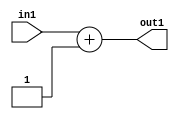
`timescale 1ps / 1ps
/*****************************************************************************
    Verilog RTL Description
    
    
    Created by: Stratus DpOpt 21.05.01 
*******************************************************************************/

module SobelFilter_Add_2U_1_4 (
	in1,
	out1
	); /* architecture "behavioural" */ 
input [1:0] in1;
output [1:0] out1;
wire [1:0] asc001;

assign asc001 = 
	+(in1)
	+(2'B01);

assign out1 = asc001;
endmodule

/* CADENCE  urfxSw0= : u9/ySxbfrwZIxEzHVQQV8Q== ** DO NOT EDIT THIS LINE ******/